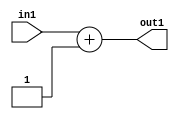
`timescale 1ps / 1ps
/*****************************************************************************
    Verilog RTL Description
    
    
    Created by: Stratus DpOpt 21.05.01 
*******************************************************************************/

module SobelFilter_Add_2U_1_4 (
	in1,
	out1
	); /* architecture "behavioural" */ 
input [1:0] in1;
output [1:0] out1;
wire [1:0] asc001;

assign asc001 = 
	+(in1)
	+(2'B01);

assign out1 = asc001;
endmodule

/* CADENCE  urfxSw0= : u9/ySxbfrwZIxEzHVQQV8Q== ** DO NOT EDIT THIS LINE ******/